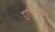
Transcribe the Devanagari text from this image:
एपिसोम